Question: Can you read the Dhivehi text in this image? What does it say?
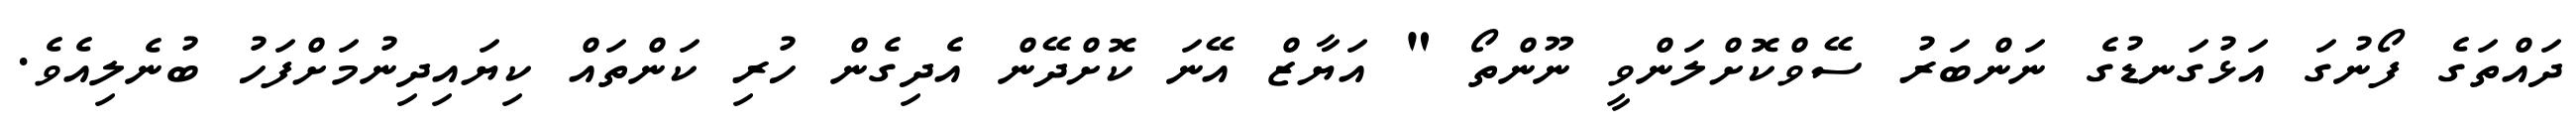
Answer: ދައްތަގެ ފޯނުގަ އަޅުގަނޑުގެ ނަންބަރު ސޭވްކޮށްލަންވީ ނޫންތޯ " އަޔާޒް އޭނަ ކޮށްދޭން އެދިގެން ހުރި ކަންތައް ކިޔައިދިނުމަށްފަހު ބުނެލިއެވެ.